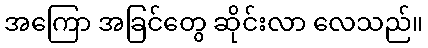
အကြော အခြင်တွေ ဆိုင်းလာ လေသည်။